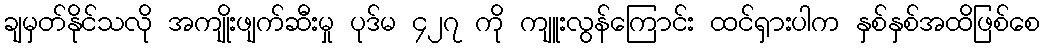
ချမှတ်နိုင်သလို အကျိုးဖျက်ဆီးမှု ပုဒ်မ ၄၂၇ ကို ကျူးလွန်ကြောင်း ထင်ရှားပါက နှစ်နှစ်အထိဖြစ်စေ